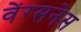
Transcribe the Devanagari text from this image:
वेंग्सनेस